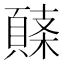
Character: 𩓸